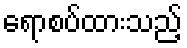
ရောစပ်ထားသည့်